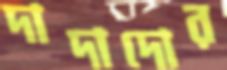
দাদাদোর